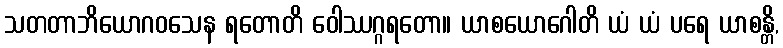
သတတာဘိယောဂဝသေန ရတောတိ ဝေါဿဂ္ဂရတော။ ယာစယောဂေါတိ ယံ ယံ ပရေ ယာစန္တိ,